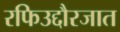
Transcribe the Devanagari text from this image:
रफिउद्दौरजात